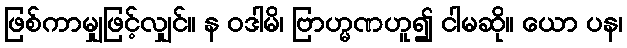
ဖြစ်ကာမျှဖြင့်လျှင်။ န ဝဒါမိ၊ ဗြာဟ္မဏဟူ၍ ငါမဆို။ ယော ပန၊